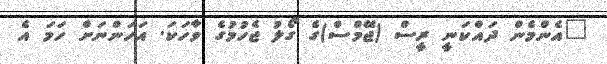
"އެންމެން ދައްކަނީ ރީސް (ޖޭމްސް)ގެ ގޯލު ޖެހުމުގެ ވާހަކަ. އަހަންނަށް ހަަމަ އެ